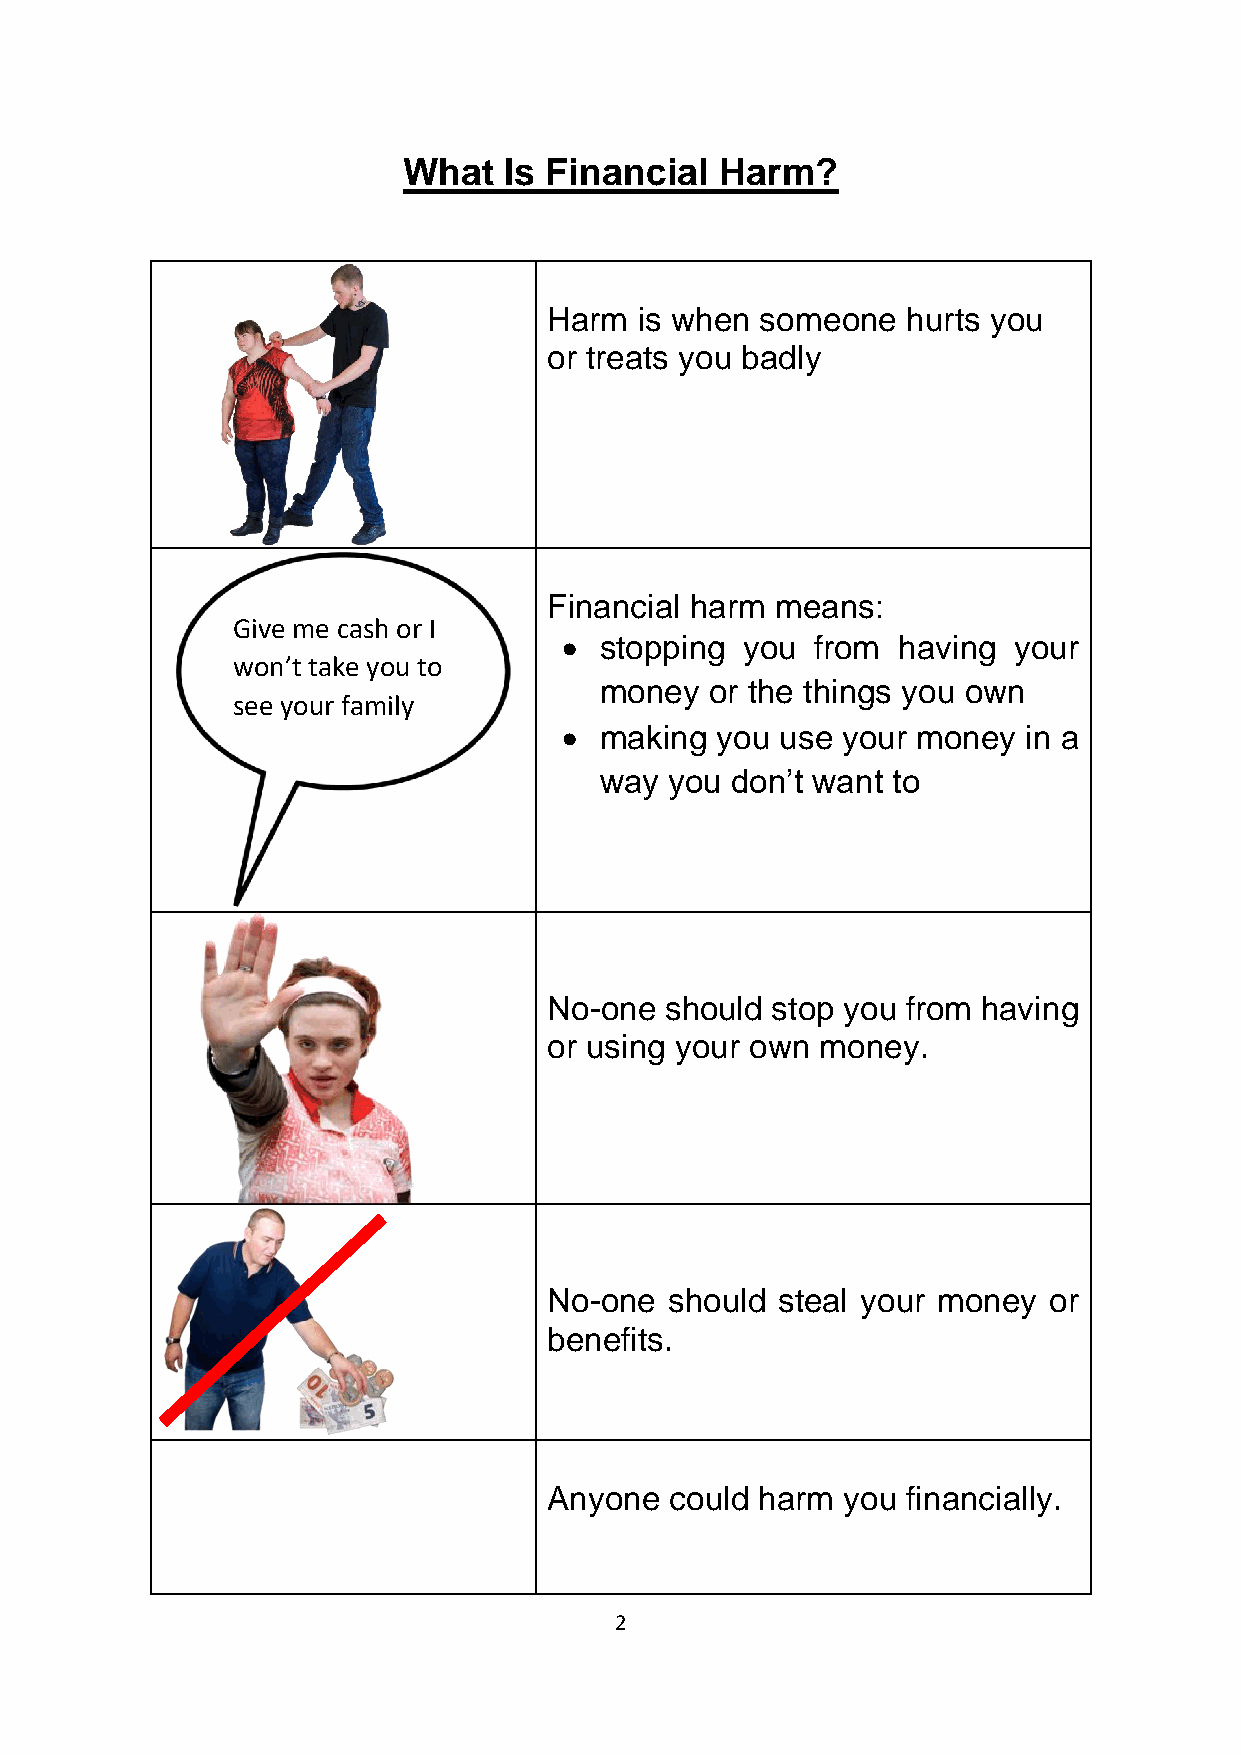
What  Is Financial   Harm?
 Harm  is when someone   hurts you
 or treats you badly
 Financial harm means:
 Give me cash or I
 •  stopping you  from having  your
 won’t take you to
 money  or the things you own
 see your family
 •  making you  use your money  in a
 way you don’t want to
 No-one  should stop you from having
 or using your own money.
 No-one  should steal your money  or
 benefits.
 Anyone  could harm  you financially.
 2